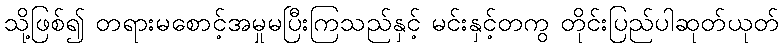
သို့ဖြစ်၍ တရားမစောင့်အမှုမပြီးကြသည်နှင့် မင်းနှင့်တကွ တိုင်းပြည်ပါဆုတ်ယုတ်